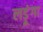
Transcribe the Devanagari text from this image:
लड़ूंगा